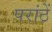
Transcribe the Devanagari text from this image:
परांठें